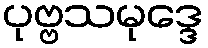
ပုဗ္ဗသမုဒ္ဒေ